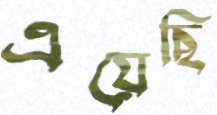
এয়েছি